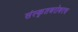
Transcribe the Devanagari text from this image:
संस्कृतबरोबरच